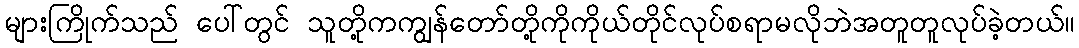
များကြိုက်သည် ပေါ်တွင် သူတို့ကကျွန်တော်တို့ကိုကိုယ်တိုင်လုပ်စရာမလိုဘဲအတူတူလုပ်ခဲ့တယ်။